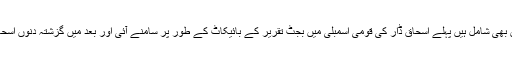
پہلے حکومتی باغی ارکان جن کی تعداد تقریباََ 86 کے قریب ہے جن میں 10 لیگی خواتین بھی شامل ہیں پہلے اسحاق ڈار کی قومی اسمبلی میں بجٹ تقریر کے بائیکاٹ کے طور پر سامنے آئی اور بعد میں گزشتہ دنوں اسحاق ڈار کی طرف افطار ڈنر پر پوری اسمبلی اور تمام سیاسی جماعتوں کو مدعو کیا گیا تھا۔